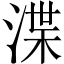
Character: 渫